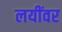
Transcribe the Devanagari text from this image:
लयींवर